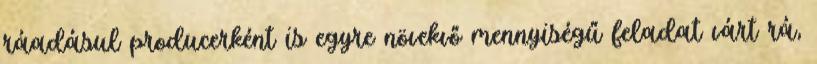
ráadásul producerként is egyre növekvő mennyiségű feladat várt rá,